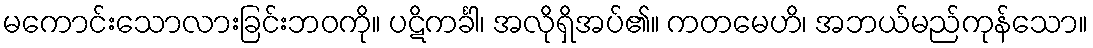
မကောင်းသောလားခြင်းဘဝကို။ ပဋိကင်္ခါ၊ အလိုရှိအပ်၏။ ကတမေဟိ၊ အဘယ်မည်ကုန်သော။